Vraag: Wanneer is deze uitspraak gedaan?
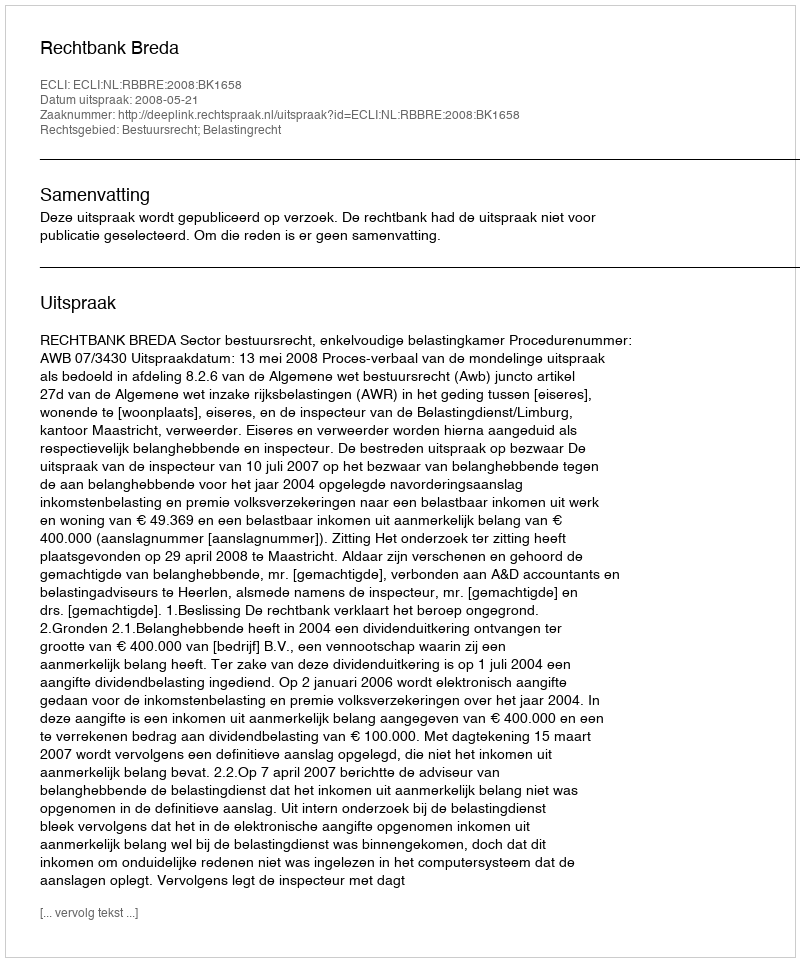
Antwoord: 2008-05-21